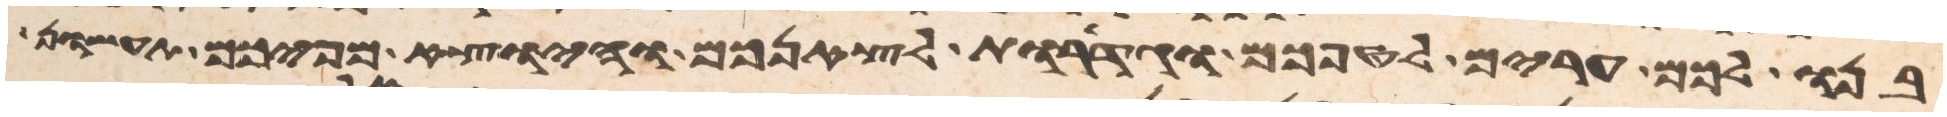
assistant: בנו לכם ערים לטפכם וגדרות לצאנכם והיוצא מפיכם תעשון